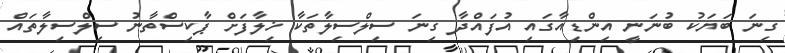
ގިނަ ބަޔަކު ބުނަނީ އިންޑިއާގައި އުފައްދާ ގިނަ ސިލްސިލާތަކާ ޚިލާފަށް ޕާކިސްތާނު ސިލްސިލާތައް